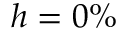
h = 0 \%